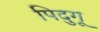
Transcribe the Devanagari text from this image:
पिदुगू